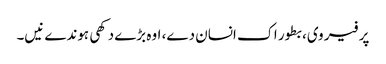
پر فیر وی، بطور اک انسان دے، اوہ بڑے دکھی ہوندے نیں۔